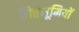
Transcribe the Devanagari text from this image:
चित्तभूमियों